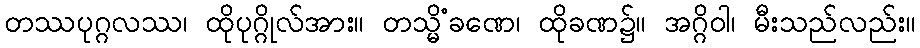
တဿပုဂ္ဂလဿ၊ ထိုပုဂ္ဂိုလ်အား။ တသ္မိံခဏေ၊ ထိုခဏ၌။ အဂ္ဂိဝါ၊ မီးသည်လည်း။